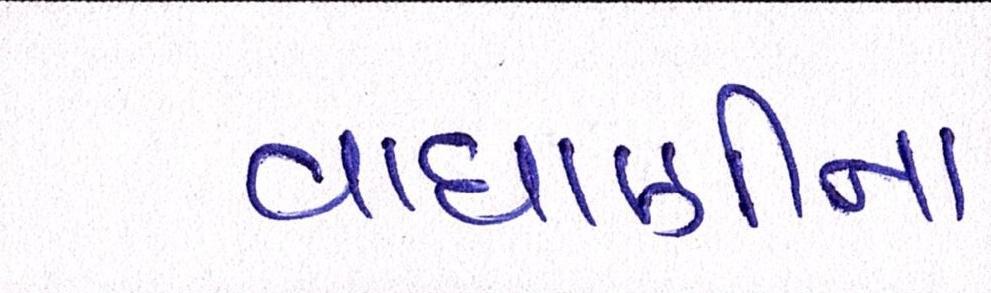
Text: વાઘાણીના